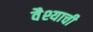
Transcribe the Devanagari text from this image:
वैश्याची